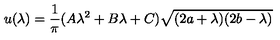
u ( \lambda ) = \frac { 1 } { \pi } ( A \lambda ^ { 2 } + B \lambda + C ) \sqrt { ( 2 a + \lambda ) ( 2 b - \lambda ) }